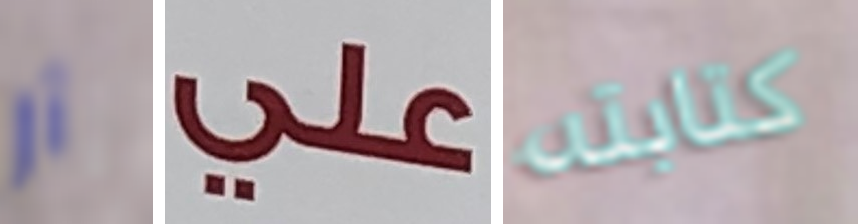
آر علي كتابته